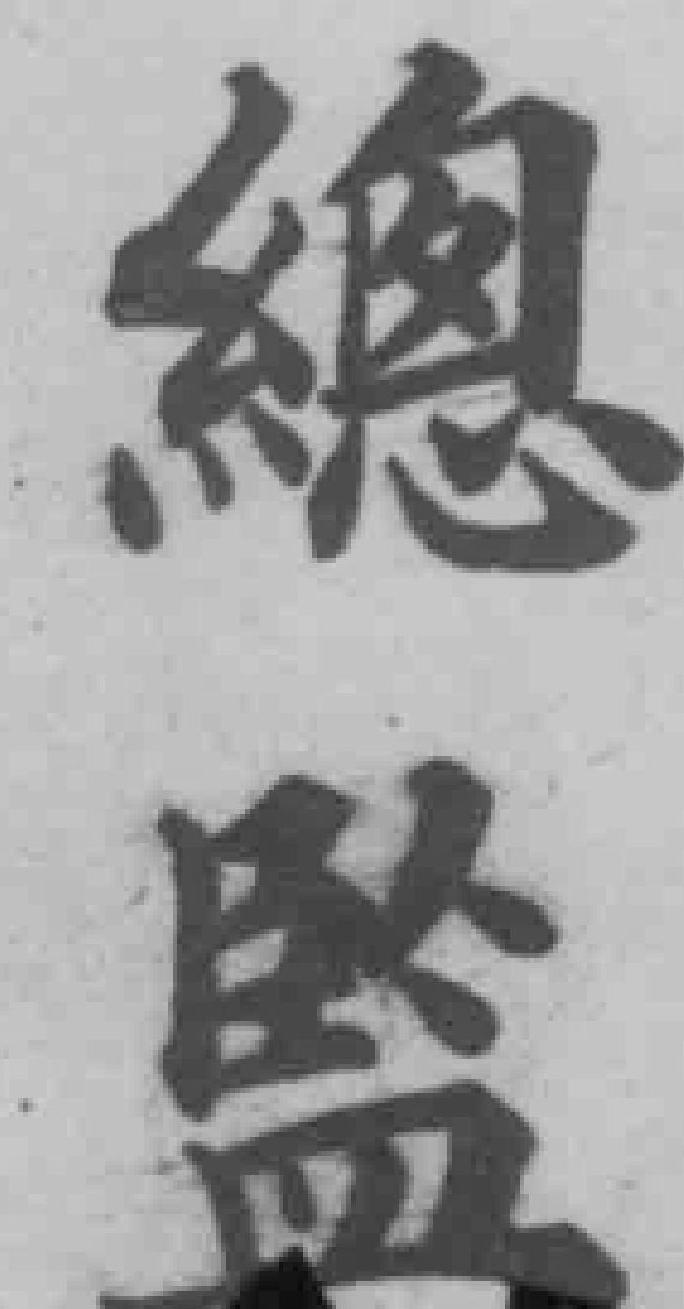
總監